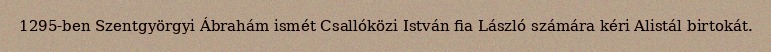
1295-ben Szentgyörgyi Ábrahám ismét Csallóközi István fia László számára kéri Alistál birtokát.